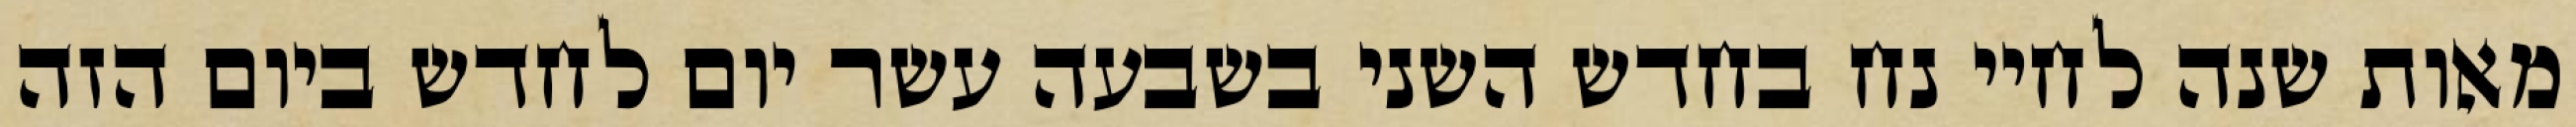
מאות שנה לחיי נח בחדש השני בשבעה עשר יום לחדש ביום הזה